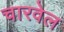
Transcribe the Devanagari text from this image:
चारवेल